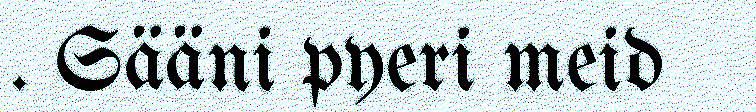
. Sääni pyeri meid